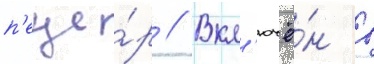
п'еще́р // Вкл'ючё́н в